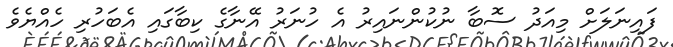
ފައިނަލަށް މިއަދު ސޮބާ ނުކުންނައިރު އެ ހުނަރު އޭނާގެ ކިބާގައި އެބަހުރި ހެއްޔެވެ